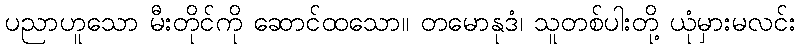
ပညာဟူသော မီးတိုင်ကို ဆောင်ထသော။ တမောနုဒံ၊ သူတစ်ပါးတို့ ယုံမှားမလင်း